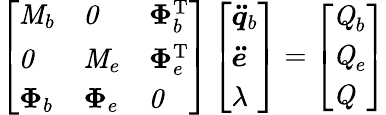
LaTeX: \left[\begin{array}{lll}{\textbf{\textit{M}}_{b}}&{\textbf{\textit{0}}}&{\boldsymbol{\Phi}_{b}^{\mathrm{T}}}\\ {\textbf{\textit{0}}}&{\textbf{\textit{M}}_{e}}&{\boldsymbol{\Phi}_{e}^{\mathrm{T}}}\\ {\boldsymbol{\Phi}_{b}}&{\boldsymbol{\Phi}_{e}}&{\textbf{\textit{0}}}\end{array}\right]\left[\begin{array}{l}{\boldsymbol{\ddot{q}}_{b}}\\ {\boldsymbol{\ddot{e}}}\\ {\lambda}\end{array}\right]=\left[\begin{array}{l}{\textbf{\textit{Q}}_{b}}\\ {\textbf{\textit{Q}}_{e}}\\ {\textbf{\textit{Q}}}\end{array}\right]